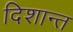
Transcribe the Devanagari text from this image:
दिशान्त